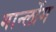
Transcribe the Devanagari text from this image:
गान्लोंग